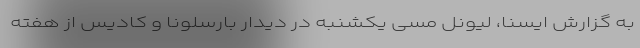
به گزارش ایسنا، لیونل مسی یکشنبه در دیدار بارسلونا و کادیس از هفته